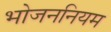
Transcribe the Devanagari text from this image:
भोजननियम